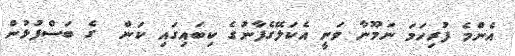
އެންމެ ފުރިހަމަ ނަމޫނާ ވަނީ އެކަލޭގެފާނުގެ ކިބައިގައި ކަން  ގެ ބަސްފުޅުން